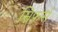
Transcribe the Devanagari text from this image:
स्निफर्स